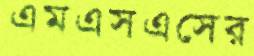
এমএসএসের